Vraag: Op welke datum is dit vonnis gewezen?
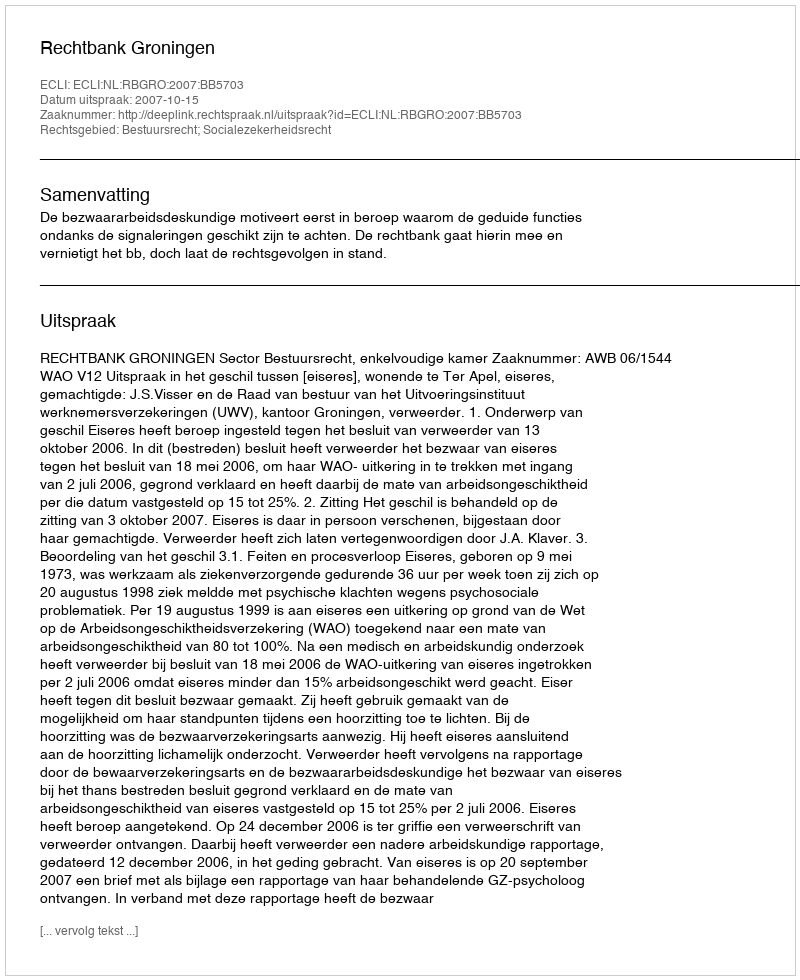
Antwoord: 2007-10-15